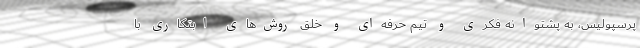
پرسپولیس، به پشتوانه فکری و تیم حرفه‌ای و خلق روش‌های ابتکاری با